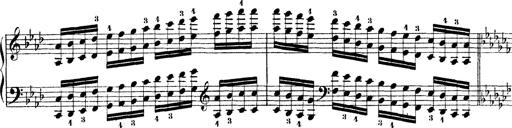
Title: Technische Studien
Composer: Franz Liszt